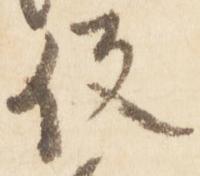
役